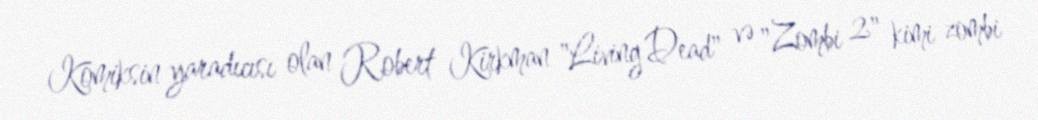
Komiksin yaradıcısı olan Robert Kirkman "Living Dead" və "Zombi 2" kimi zombi